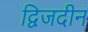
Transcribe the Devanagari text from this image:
द्विजदीन